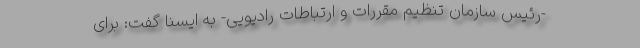
-رئیس سازمان تنظیم مقررات و ارتباطات رادیویی- به ایسنا گفت: برای